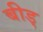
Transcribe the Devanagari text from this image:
बीड्